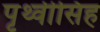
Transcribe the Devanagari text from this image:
पृथ्वीसिह